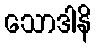
သောဒါနိ